Report on horse surra - Volume II, Part II
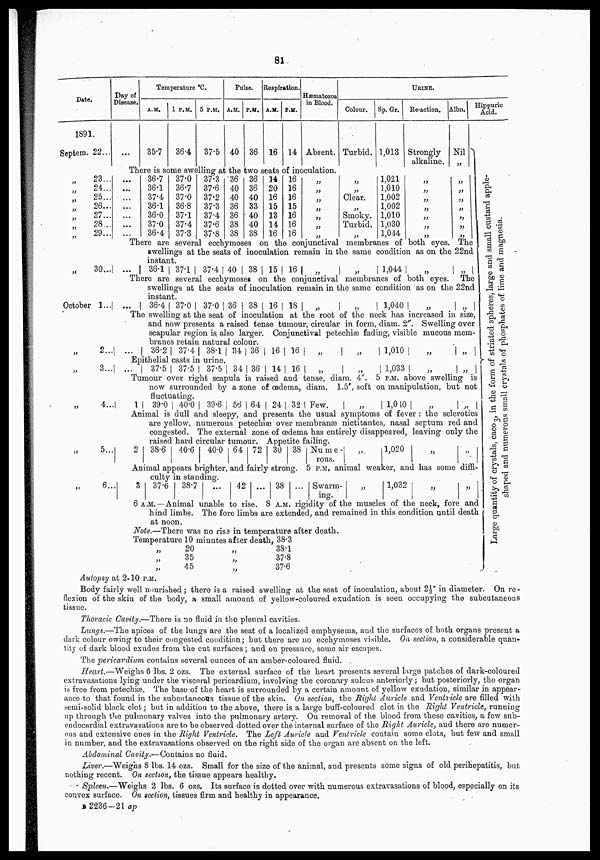
81
Date.
1891.
Septem. 22...
„
23...
„
24...
„
25...
„
26...
„
27...
„
28...
„
29...
„
30...
October 1...
„ 2...
Day of
Disease.
...
Temperature ºC.
A.M.
35.7
1 P.M.
36.4
5 P.M.
37.5
Pulse.
A.M.
40
P.M.
36
Respiration.
A.M.
16
P.M.
14
Hæmatozoa
in Blood.
Absent.
URINE.
Colour.
Turbid.
Sp. Gr.
1,013
Re-action.
Strongly
alkaline.
Albn.
Nil
There is some swelling at the two seats of inoculation.
...
...
...
...
...
...
...
36.7
36.1
37.4
36.1
36.0
37.0
36.4
37.0
36.7
37.0
36.8
37.1
37.4
37.3
37.3
37.6
37.2
37.3
37.4
37.6
37.8
36
40
40
36
36
38
38
36
36
40
33
40
40
38
14
20
16
15
13
14
16
16
16
16
15
16
16
16
„
„
„
„
„
„
„
„
„
Clear.
„
Smoky.
Turbid.
„
1,021
1,010
1,002
1,002
1,010
1,030
1,044
„
„
„
„
„
„
„
„
„
„
„
„
„
„
There are several ecchymoses on the conjunctival membranes of both eyes. The
swellings at the seats of inoculation remain in the same condition as on the 22nd
instant.
...
36.1 37.1 37.4 40 38 15 16
„
„
1,044
„
„
There are several ecchymoses on the conjunctival membranes of both eyes. The
swellings at the seats of inoculation remain in the same condition as on the 22nd
instant.
...
36.4 37.0 370 36 38 16 18
„
„
1,040
„
„
The swelling at the seat of inoculation at the root of the neck has increased in size,
and now presents a raised tense tumour, circular in form, diam. 2". Swelling over
scapular region is also larger. Conjunctival petechias fading, visible mucous mem-
branes retain natural colour.
...
36.2 37.4 38.1 34 36 16 16
„
„
1,010
„
„
Epithelial casts in urine.
„ 3...
„ 4...
„ 5...
„ 6...
...
37.5 37.5 37.5 34 36 14 16
„
„
1,033
„
„
Tumour over right scapula is raised and tense, diam. 4". 5 P.M. above swelling is
now surrounded by a zone of oedema, diam. 1.5", soft on manipulation, but not
fluctuating.
1
39.0 40.0 39.6 56 64 24 32 Few.
„
1,040
„
„
Animal is dull and sleepy, and presents the usual symptoms of fever : the sclerotics
are yellow, numerous petechiæ over membranæ nictitantes, nasal septum red and
congested. The external zone of oedema has entirely disappeared, leaving only the
raised
2 38.6
1 hard circular tumour. Appetite failing.
40.6
40.0 64 72 30 38 Nume- | „ | 1,020 | „
„
rous.
Animal appears brighter, and fairly strong. 5 P.M. animal weaker, and has some diffi-
culty in standing.
3 37.6
38.7
...
42 ... . 38 ... Swarm-
„
1,032 „
„
ing.
6 A.M.—Animal unable to rise. 8 A.M. rigidity of the muscles of the neck, fore and
hind limbs. The fore limbs are extended, and remained in this condition until death
at noon.
Note.—There was no rise in temperature after death.
Temperature 10 minutes after death, 38.3
„
„
„
20
35
45
„
„
„
38.1
37.8
37.6
Hippuric
Acid.
Lar ge q u a n t i t y of c r y s t a l s , caco 3' in the f or m of striated spheres,
shaped and numerous small crystals of
Autopsy at 2-10 P.M.
Body fairly well nourished ; there is a raised swelling at the seat of inoculation, about 2½" in diameter. On re-
flexion of the skin of the body, a small amount of yellow-coloured exudation is seen occupying the subcutaneous
tissue.
Thoracic Cavity.—There is no fluid in the pleural cavities.
Lungs.—The apices of the lungs are the seat of a localized emphysema, and the surfaces of both organs present a
dark colour owing to their congested condition; but there are no ecchymoses visible. On section, a considerable quan-
tity of dark blood exudes from the cut surfaces ; and on pressure, some air escapes.
The pericardium contains several ounces of an amber-coloured fluid.
Heart.—Weighs 6 lbs. 2 ozs. The external surface of the heart presents several large patches of dark-coloured
extravasations lying under the visceral pericardium, involving the coronary sulcus anteriorly ; but posteriorly, the organ
is free from petechiæ. The base of the heart is surrounded by a certain amount of yellow exudation, similar in appear-
ance to that found in the subcutaneous tissue of the skin. On section, the Right Auricle and Ventricle are filled with
semi-solid black clot ; but in addition to the above, there is a large buff-coloured clot in the Right Ventricle, running
up through the pulmonary valves into the pulmonary artery. On removal of the blood from these cavities, a few sub-
endocardial extravasations are to be observed dotted over the internal surface of the Right Auricle, and there are numer-
ous and extensive ones in the Right Ventricle. The Left Auricle and Ventricle contain some clots, but few and small
in number, and the extravasations observed on the right side of the organ are absent on the left.
Abdominal Cavity.—Contains no fluid.
Liver.—Weigns 8 lbs. 14 ozs. Small for the size of the animal, and presents some signs of old perihepatitis, but
nothing recent. On section, the tissue appears healthy.
Spleen.—Weighs 2 lbs. 6 ozs. Its surface is dotted over with numerous extravasations of blood, especially on its
convex surface. On section, tissues firm and healthy in appearance.
B 2236-21 ap